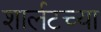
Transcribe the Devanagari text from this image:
शार्लटच्या